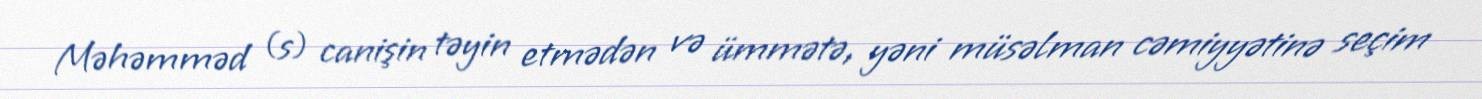
Məhəmməd (s) canişin təyin etmədən və ümmətə, yəni müsəlman cəmiyyətinə seçim